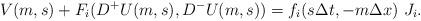
LaTeX: \begin{align*} V(m,s) + F_{i}(D^{+}U(m,s),D^{-}U(m,s)) = f_{i}(s\Delta t,-m\Delta x) \, \, J_{i}.\end{align*}